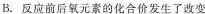
B.反应前后氧元素的化合价发生了改变